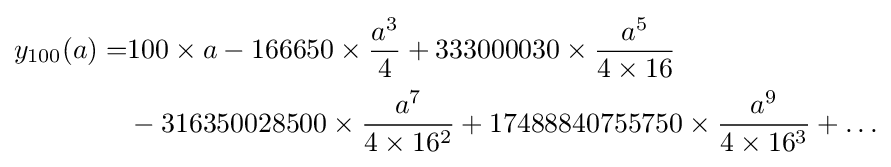
{\begin{aligned}y_{100}(a)=&100\times a-166650\times {\frac {a^{3}}{4}}+333000030\times {\frac {a^{5}}{4\times 16}}\\&-316350028500\times {\frac {a^{7}}{4\times 16^{2}}}+17488840755750\times {\frac {a^{9}}{4\times 16^{3}}}+\ldots \end{aligned}}